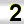
Digit: 2